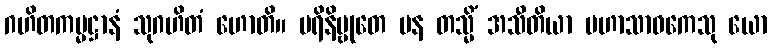
ဂဟိတကမ္မဋ္ဌာနံ သုဂဟိတံ ဟောတိ။ ပရိနိဗ္ဗုတေ ပန တသ္မိံ အသီတိယာ မဟာသာဝကေသု ယော